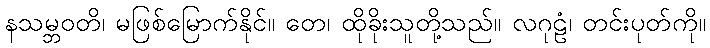
နသမ္ဘဝတိ၊ မဖြစ်မြောက်နိုင်။ တေ၊ ထိုခိုးသူတို့သည်။ လဂုဠံ၊ တင်းပုတ်ကို။